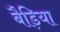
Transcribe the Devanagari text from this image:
बैड़िया